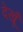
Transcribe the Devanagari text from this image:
देखूँ